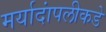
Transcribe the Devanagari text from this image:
मर्यादांपलीकडे